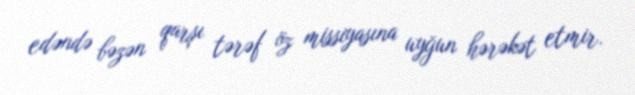
edəndə bəzən qarşı tərəf öz missiyasına uyğun hərəkət etmir.